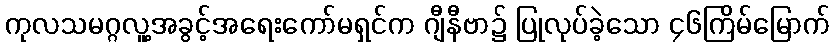
ကုလသမဂ္ဂလူ့အခွင့်အရေးကော်မရှင်က ဂျီနီဗာ၌ ပြုလုပ်ခဲ့သော ၄၆ကြိမ်မြောက်